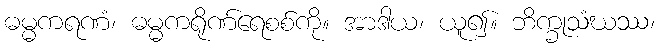
ဓမ္မကရဏံ၊ ဓမ္မကရိုဏ်ရေစစ်ကို။ အာဒါယ၊ ယူ၍။ ဘိက္ခုသံဃဿ၊